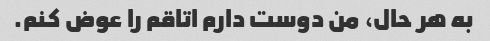
به هر حال، من دوست دارم اتاقم را عوض کنم.